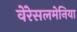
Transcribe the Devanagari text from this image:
वेंरेसलमेनिया